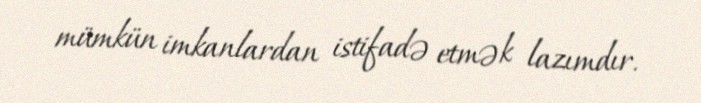
mümkün imkanlardan istifadə etmək lazımdır.